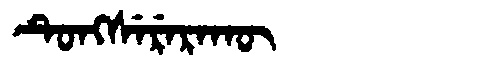
Manchu: ᡨᡠᠩᠰᡝᡵᡝᡵᠠᡴᡡ
Romanization: TUNGSERERAKŪ